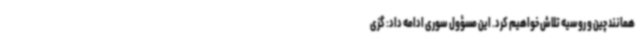
همانند چین و روسیه تلاش خواهیم کرد. این مسؤول سوری ادامه داد: گزی